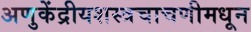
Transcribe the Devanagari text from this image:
अणुकेंद्रीयशस्‍त्रचाचणीमधून